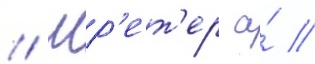
// Шр'ет'ер а́ //